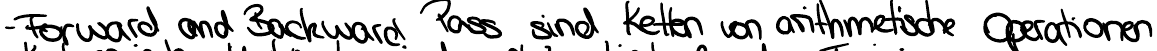
- Forward und Backward Pass sind Ketten von arithmetische Operationen